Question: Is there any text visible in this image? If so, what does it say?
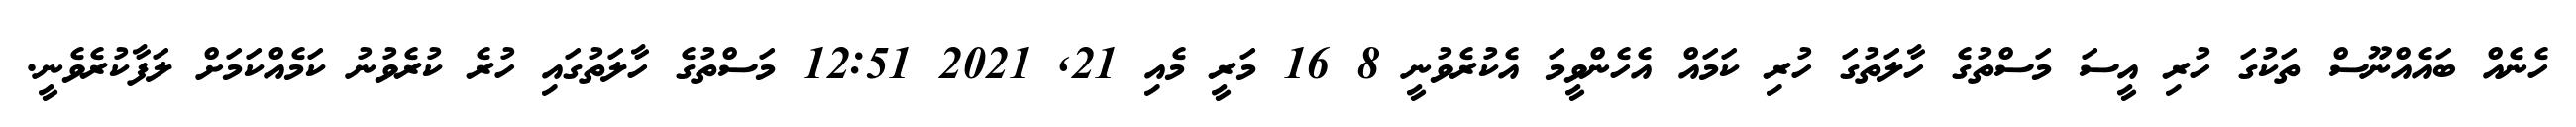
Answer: ހެނެއް ބައެއްނޫސް ތަކުގަ ހުރި އީސަ މަސްތުގެ ހާލަތުގަ ހުރި ކަމައް އެހެންވީމަ އެކުރެވުނީ 8 16 މަރީ މެއި 21, 2021 12:51 މަސްތުގެ ހާލަތުގައި ހުރެ ކުރެވުނު ކަމެއްކަމަށް ލަފާކުރެވެނީ.